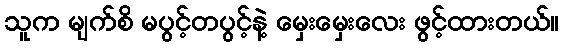
သူက မျက်စိ မပွင့်တပွင့်နဲ့ မှေးမှေးလေး ဖွင့်ထားတယ်။